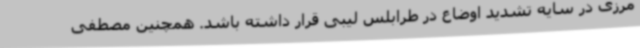
مرزی در سایه تشدید اوضاع در طرابلس لیبی قرار داشته باشد. همچنین مصطفی